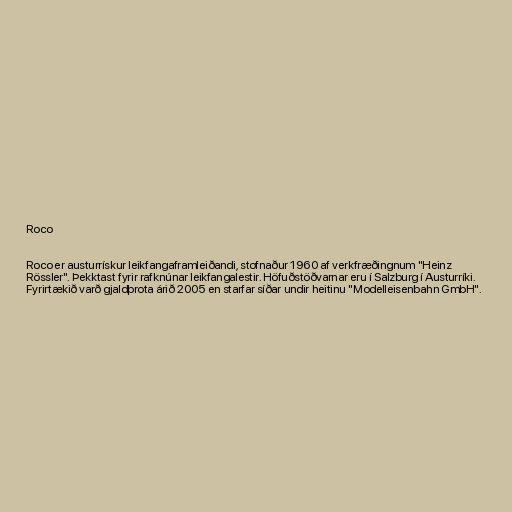
Roco

Roco er austurrískur leikfangaframleiðandi, stofnaður 1960 af verkfræðingnum "Heinz
Rössler". Þekktast fyrir rafknúnar leikfangalestir. Höfuðstöðvarnar eru í Salzburg í Austurríki.
Fyrirtækið varð gjaldþrota árið 2005 en starfar síðar undir heitinu "Modelleisenbahn GmbH".